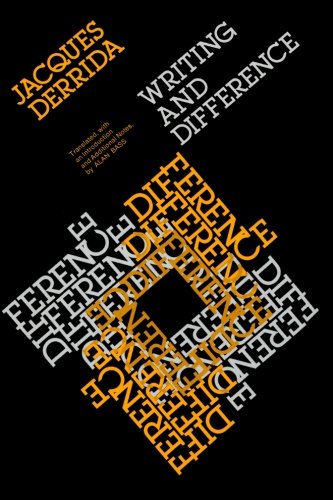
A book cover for Writing and Difference; Jacques Derrida; Politics & Social Sciences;